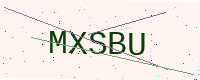
Text: MXSBU